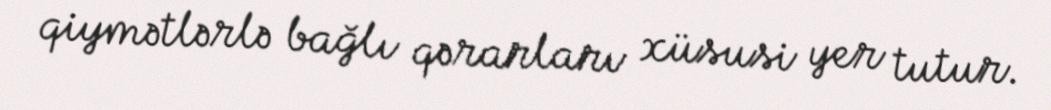
qiymətlərlə bağlı qərarları xüsusi yer tutur.